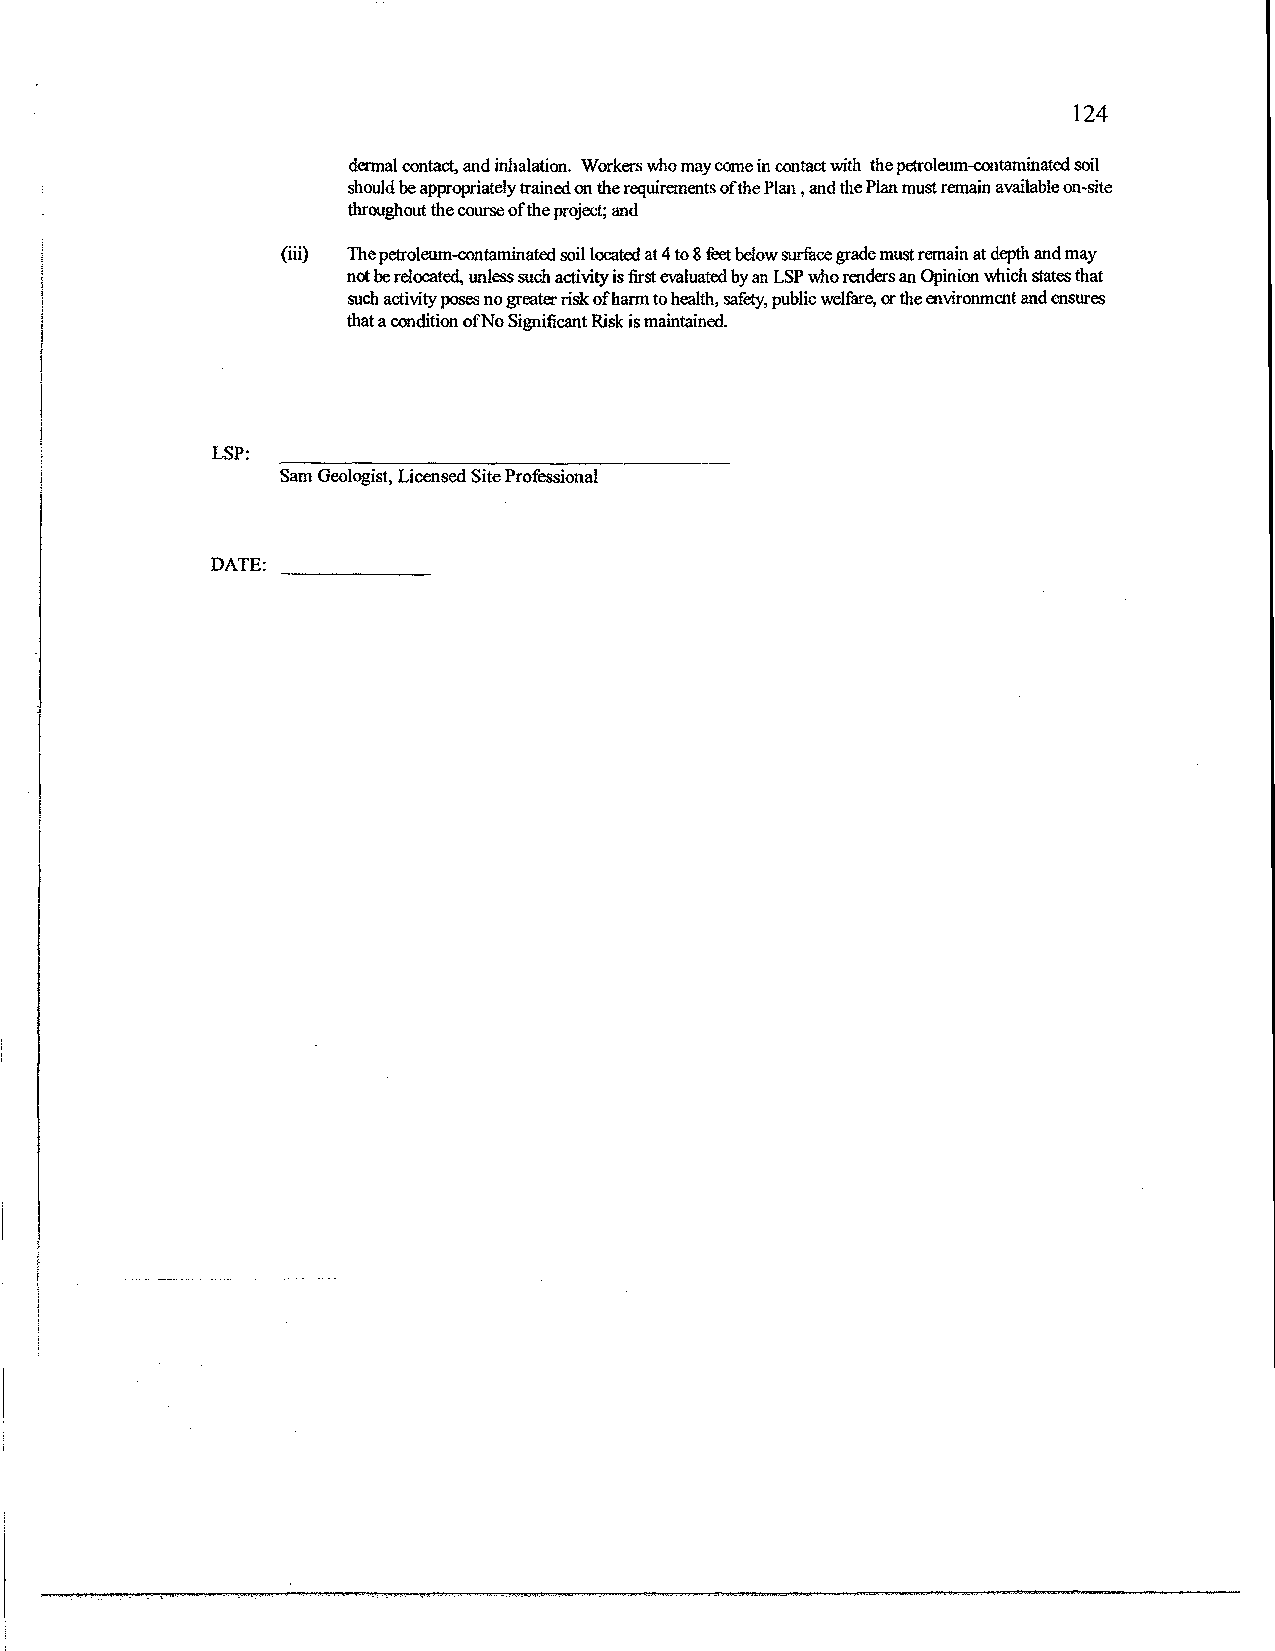
124
 dermal contact, and inhalation. Workers who may come in contact with the petroleum-contaminated soil
 should be appropriately trained on the requirements of the Plan , and the Plan must remain available on-site
 throughout the course of the project; and
 (iii) The petroleum-contaminated soil located at 4 to 8 feet below surface grade must remain at depth and may
 not be relocated, unless such activity is first evaluated by an LSP who renders an Opinion which states that
 such activity poses no greater risk of harm to health, safety, public welfare, or the environment and ensures
 that a condition of No Significant Risk is maintained.
 LSP:
 Sam Geologist, Licensed Site Professional
 DATE: